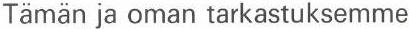
Tämän ja oman tarkastuksemme